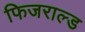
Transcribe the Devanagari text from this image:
फिजराल्ड